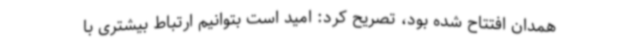
همدان افتتاح شده بود، تصریح کرد: امید است بتوانیم ارتباط بیشتری با